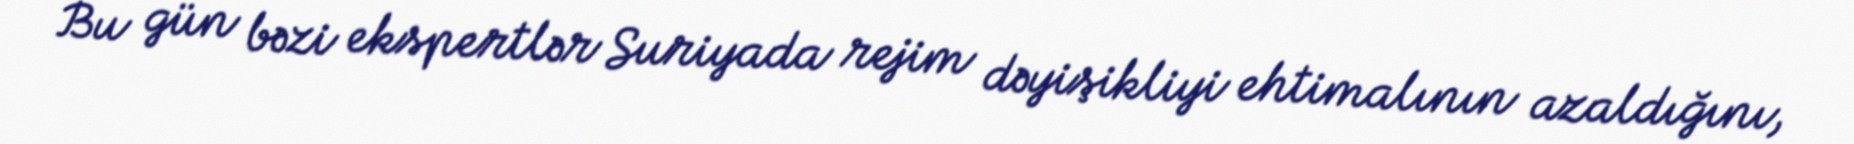
Bu gün bəzi ekspertlər Suriyada rejim dəyişikliyi ehtimalının azaldığını,